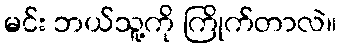
မင်း ဘယ်သူ့ကို ကြိုက်တာလဲ။